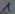
Text: 55